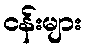
ငန်းများ